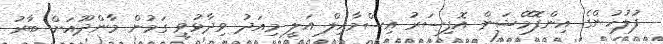
ފުލުހުންގެ އިންފޮމޭޝަން އޮފިސަރު އިސްމާއިލް އަލީ މިއަދު ވިދާޅުވީ ގަމުން މާންދޫއަށް ބާރު